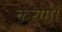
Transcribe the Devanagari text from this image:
करेग्गे।